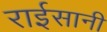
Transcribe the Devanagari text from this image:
राईसानी